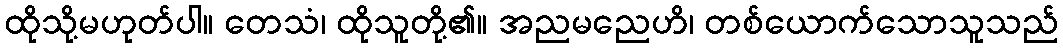
ထိုသို့မဟုတ်ပါ။ တေသံ၊ ထိုသူတို့၏။ အညမညေဟိ၊ တစ်ယောက်သောသူသည်